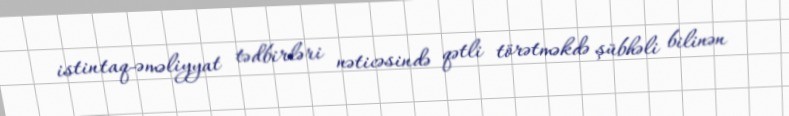
istintaq-əməliyyat tədbirləri nəticəsində qətli törətməkdə şübhəli bilinən